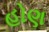
હોણ